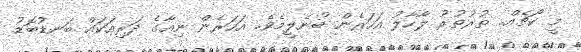
މީ ކޯޗެއް.. ތުރުތުރު ލާހާލު އަހަރެން ބުނެލީމެވެ.. އަހަރެން ނިއާގެ ދަރިއަކައް ބަނޑުބޮޑު